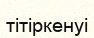
тітіркенуі